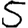
Digit: 5